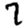
Digit: 7